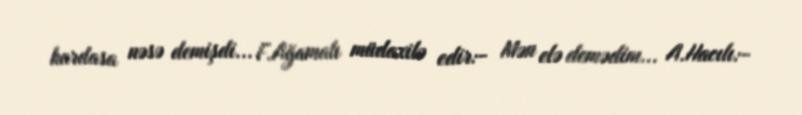
hardasa nəsə demişdi... F.Ağamalı müdaxilə edir:- Mən elə demədim... A.Hacılı:-